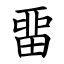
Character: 畱